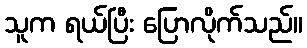
သူက ရယ်ပြီး ပြောလိုက်သည်။